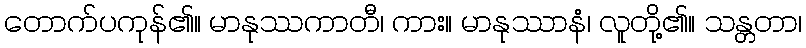
တောက်ပကုန်၏။ မာနုဿကာတီ၊ ကား။ မာနုဿာနံ၊ လူတို့၏။ သန္တတာ၊